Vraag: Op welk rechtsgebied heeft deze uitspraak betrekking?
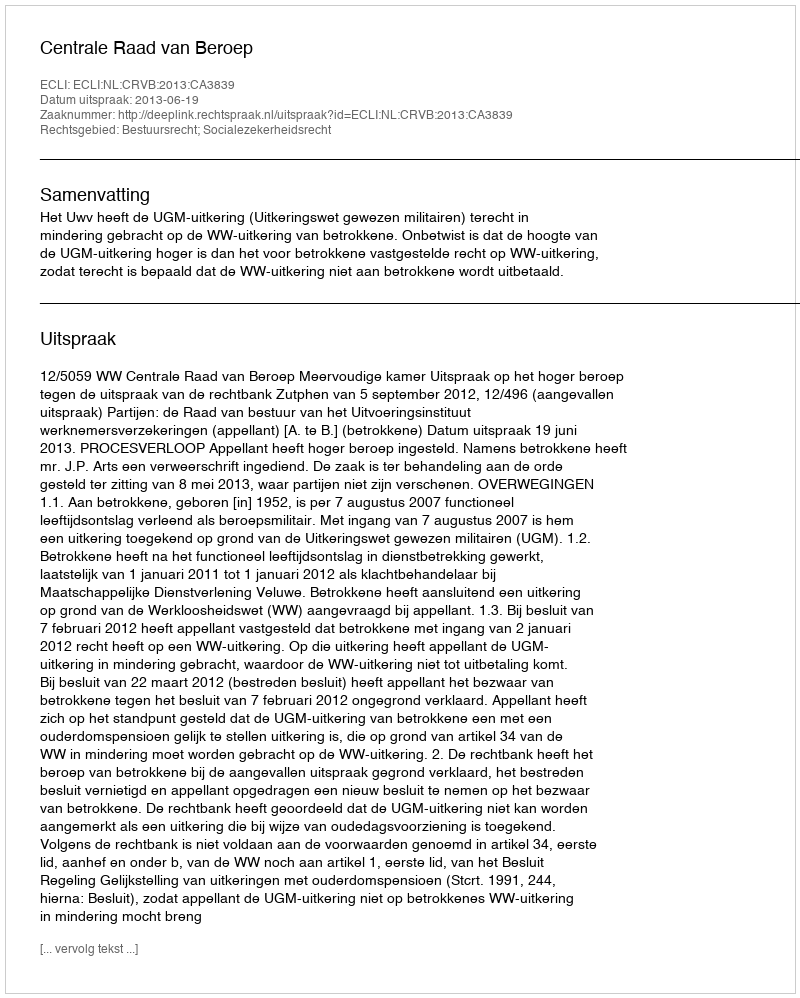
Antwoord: Bestuursrecht; Socialezekerheidsrecht